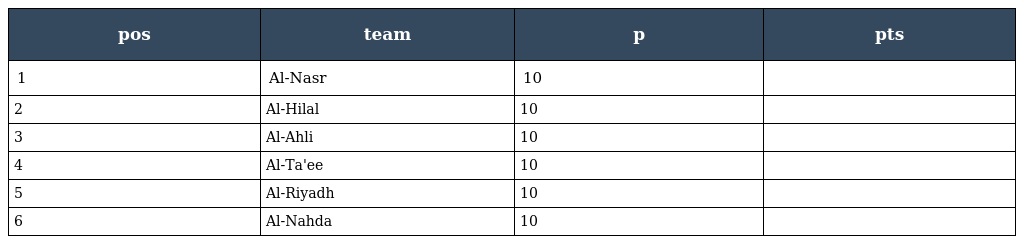
| pos | team | p | pts |
 | --- | --- | --- | --- |
 | 1 | Al-Nasr | 10 |  |
 | 2 | Al-Hilal | 10 |  |
 | 3 | Al-Ahli | 10 |  |
 | 4 | Al-Ta'ee | 10 |  |
 | 5 | Al-Riyadh | 10 |  |
 | 6 | Al-Nahda | 10 |  |